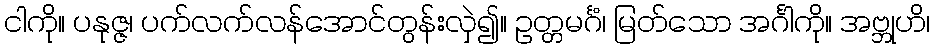
ငါကို။ ပနုဇ္ဇ၊ ပက်လက်လန်အောင်တွန်းလှဲ၍။ ဥတ္တမင်္ဂံ၊ မြတ်သော အင်္ဂါကို။ အဗ္ဘုဟိ၊